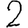
Digit: 2